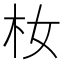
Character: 𪱴